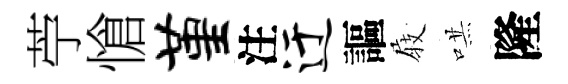
苧愴堇注迂謳𡲆哄隆